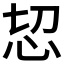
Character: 𢗧